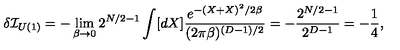
\delta { \cal I } _ { U ( 1 ) } = - \lim _ { \beta \rightarrow 0 } 2 ^ { N / 2 - 1 } \int [ d X ] \frac { e ^ { - ( X + X ) ^ { 2 } / 2 \beta } } { ( 2 \pi \beta ) ^ { ( D - 1 ) / 2 } } = - \frac { 2 ^ { N / 2 - 1 } } { 2 ^ { D - 1 } } = - \frac { 1 } { 4 } ,